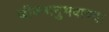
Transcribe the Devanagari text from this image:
जीवनानुभवाच्या